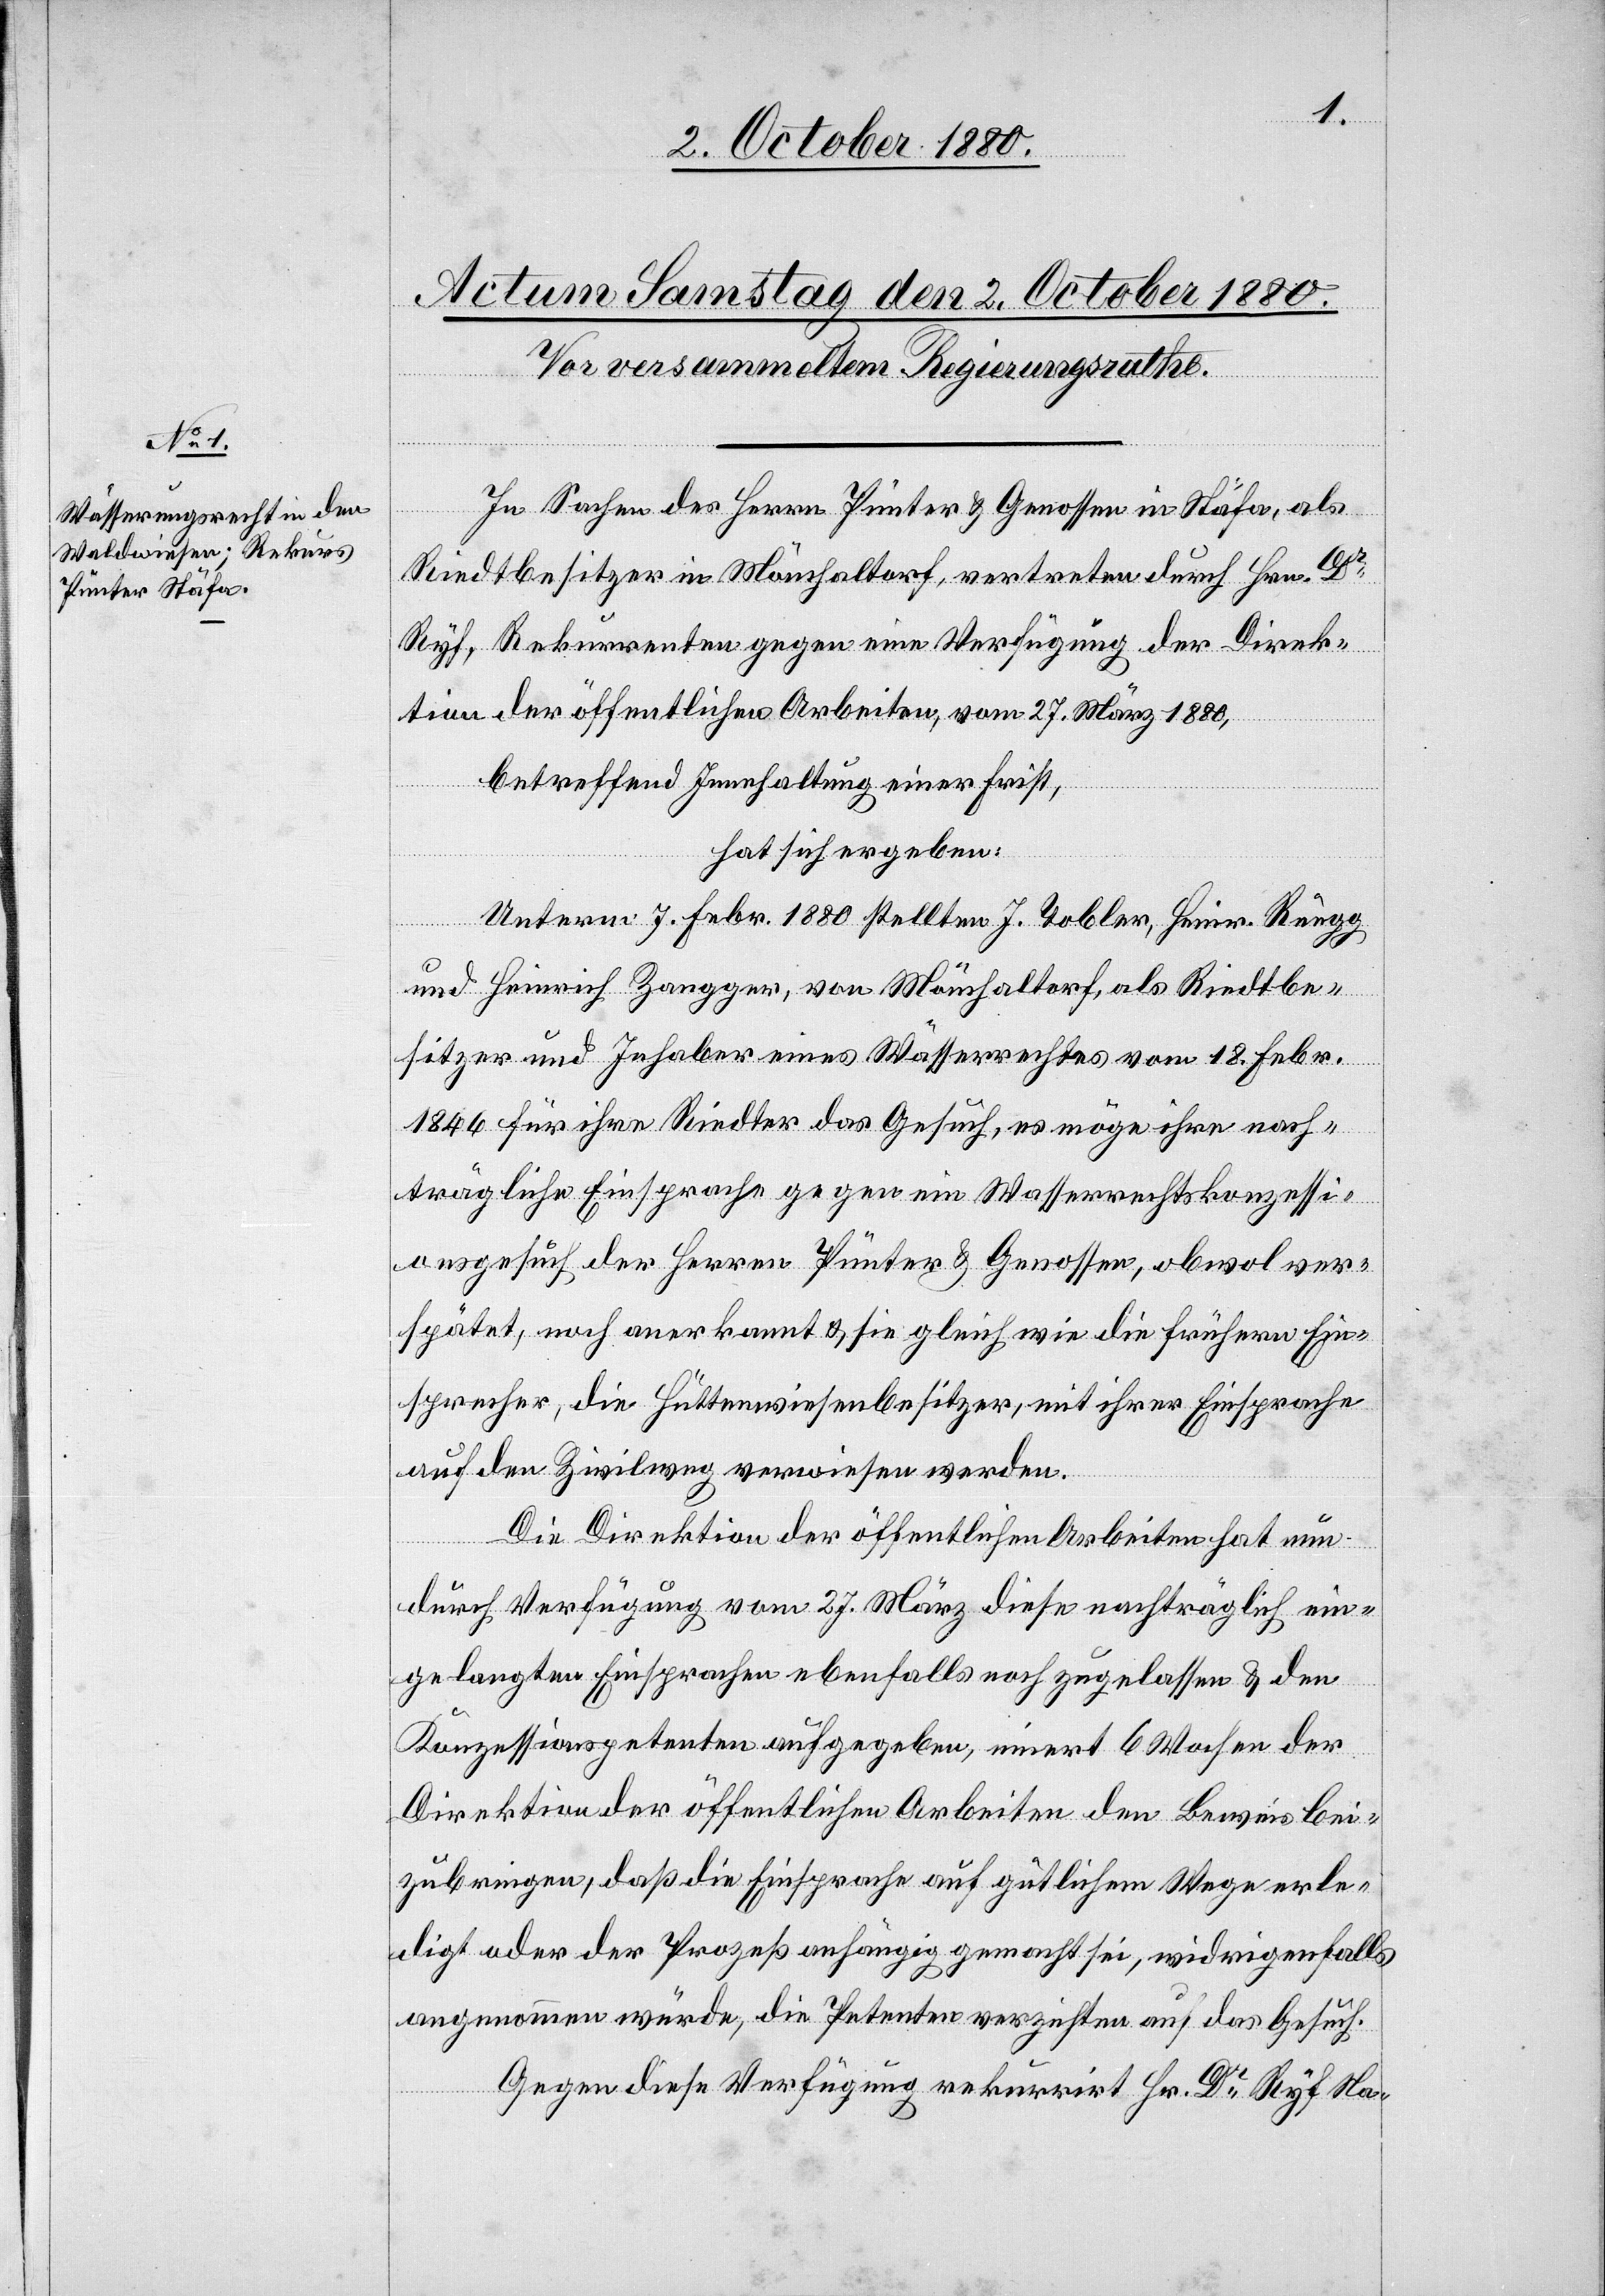
In Sachen des Herrn Pünter & Genossen Stäfa, als
Riedtbesitzer in Mönchaltorf, vertreten durch Hrn. Dr
Ryf, Rekurrenten gegen eine Verfügung der Direk¬
tion der öffentlichen Arbeiten, vom 27. März 1880,
betreffend Innehaltung einer Frist,
hat sich ergeben:
Unterm 7. Febr. 1880 stellten J. Tobler, Heinr. Rüegg
und Heinrich Zangger, von Mönchaltorf, als Riedtbe¬
sitzer und Inhaber eines Wässerrechtes vom 18. Febr.
1846 für ihre Riedter das Gesuch, es möge ihre nach¬
trägliche Einsprache gegen ein Wasserrechtskonzessi¬
onsgesuch der Herren Pünter & Genossen, obwol ver¬
spätet, noch anerkannt & sie gleich wie die frühern Ein¬
sprecher, die Hüttenwiesenbesitzer, mit ihrer Einsprache
auf den Zivilweg verwiesen werden.
Die Direktion der öffentlichen Arbeiten hat nun
durch Verfügung vom 27. März diese nachträglich ein¬
gelangten Einsprachen ebenfalls noch zugelassen & den
Konzessionspetenten aufgegeben, innert 6 Wochen der
Direktion der öffentlichen Arbeiten den Beweis bei¬
zubringen, daß die Einsprache auf gütlichem Wege erle¬
digt oder der Prozeß anhängig gemacht sei, widrigenfalls
angenommen würde, die Petenten verzichten auf das Gesuch.
Gegen diese Verfügung rekurrirt Hr. Dr Ryf Na-